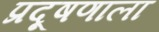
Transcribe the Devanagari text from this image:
प्रदूषणाला